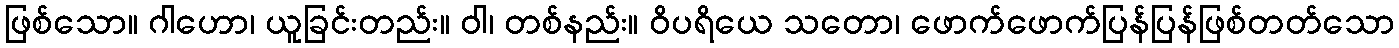
ဖြစ်သော။ ဂါဟော၊ ယူခြင်းတည်း။ ဝါ၊ တစ်နည်း။ ဝိပရိယေ သတော၊ ဖောက်ဖောက်ပြန်ပြန်ဖြစ်တတ်သော